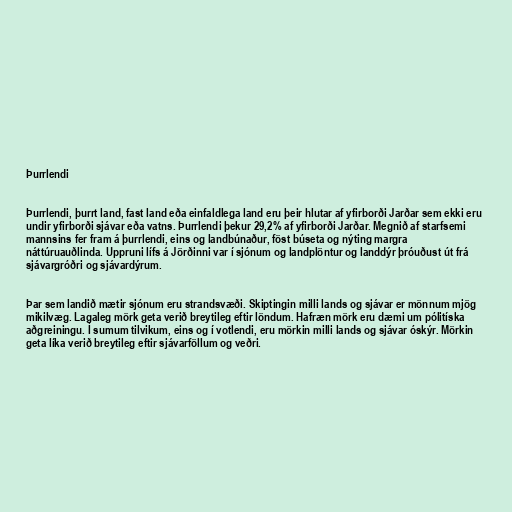
Þurrlendi

Þurrlendi, þurrt land, fast land eða einfaldlega land eru þeir hlutar af yfirborði Jarðar sem ekki eru
undir yfirborði sjávar eða vatns. Þurrlendi þekur 29,2% af yfirborði Jarðar. Megnið af starfsemi
mannsins fer fram á þurrlendi, eins og landbúnaður, föst búseta og nýting margra
náttúruauðlinda. Uppruni lífs á Jörðinni var í sjónum og landplöntur og landdýr þróuðust út frá
sjávargróðri og sjávardýrum.

Þar sem landið mætir sjónum eru strandsvæði. Skiptingin milli lands og sjávar er mönnum mjög
mikilvæg. Lagaleg mörk geta verið breytileg eftir löndum. Hafræn mörk eru dæmi um pólitíska
aðgreiningu. Í sumum tilvikum, eins og í votlendi, eru mörkin milli lands og sjávar óskýr. Mörkin
geta líka verið breytileg eftir sjávarföllum og veðri.